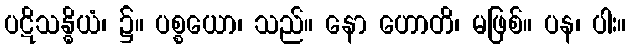
ပဋိသန္ဓိယံ၊ ၌။ ပစ္စယော၊ သည်။ နော ဟောတိ၊ မဖြစ်။ ပန၊ ပါး။